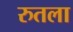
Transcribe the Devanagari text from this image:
रुतला